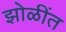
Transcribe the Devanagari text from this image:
झोळींत